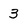
Character: 3